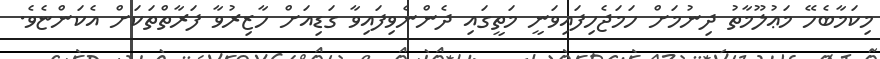
މިކަމާބެހޭ މަޢުލޫމާތު ދިނުމަށް ހަމަޖެހިފައިވަނީ މަތީގައި ދެންނެވިފައިވާ ގަޑިއަށް ހާޒިރުވާ ފަރާތްތަކަށް އެކަންޏެވެ.